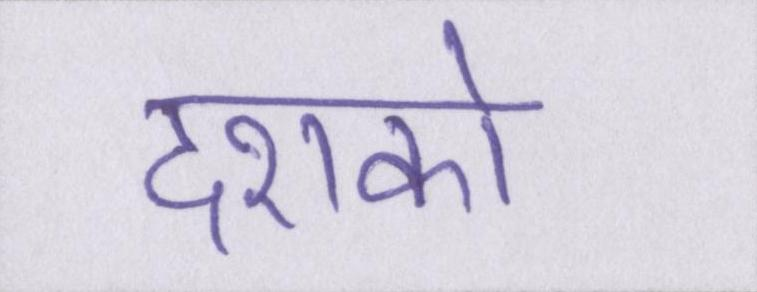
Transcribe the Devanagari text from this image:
दशको